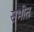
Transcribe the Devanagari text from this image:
सभीत